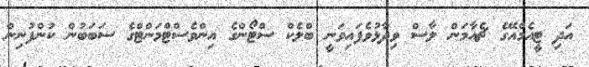
އަދި ޓީއެމްއޭގެ ޗެއާމަން ލާސް ވިދާޅުވެފައިވަނީ ބްލެކް ސްޓޯންގެ އިންވެސްޓްމަންޓްގެ ސަބަބުން ކުންފުނިން